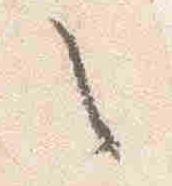
之